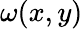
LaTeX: \omega(x,y)